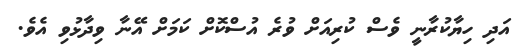
އަދި ހިޔާކުރާނީ ވެސް ކުރިއަށް ވުރެ އުސްކޮށް ކަމަށް އޭނާ ވިދާޅުވި އެވެ.